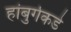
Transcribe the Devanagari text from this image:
हांबुर्गकडे